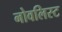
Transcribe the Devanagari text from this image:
नोवलिस्ट